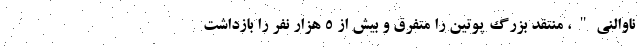
ناوالنی"، منتقد بزرگ پوتین را متفرق و بیش از 5 هزار نفر را بازداشت